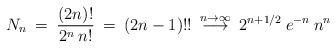
\begin{align*}N_n \> = \> { (2 n)! \over 2^n \> n!} \> = \> (2 n - 1)!! \> \stackrel{n \to \infty}{\longrightarrow} \>2^{n+1/2}\> e^{-n} \> n^n\end{align*}